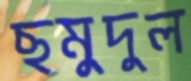
ছমুদুল